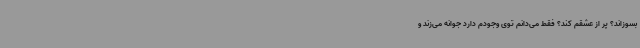
بسوزاند؟ پر از عشقم کند؟ فقط می‌دانم توی وجودم دارد جوانه می‌زند و